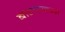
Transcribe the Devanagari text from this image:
बोलायच्या